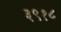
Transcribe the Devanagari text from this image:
३९१८